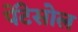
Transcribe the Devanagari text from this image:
पेंटेसोल